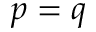
{ p = q }